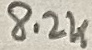
Text: 8.2K